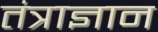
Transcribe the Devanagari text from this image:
तंत्राज्ञान